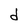
Character: d